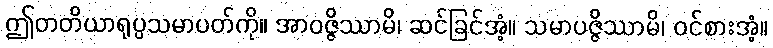
ဤတတိယာရုပ္ပသမာပတ်ကို။ အာဝဇ္ဇိဿာမိ၊ ဆင်ခြင်အံ့။ သမာပဇ္ဇိဿာမိ၊ ဝင်စားအံ့။